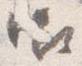
御